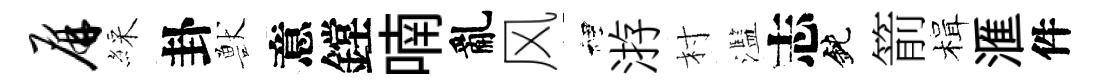
屏綵卦獸意鏜喃亂风裡㳺村濫志鈍箭楫滙件